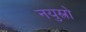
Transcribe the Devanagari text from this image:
नयुस्त्रो